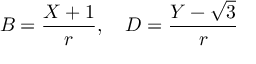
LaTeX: B = \frac { X + 1 } { r } , \quad D = \frac { Y - \sqrt { 3 } } { r }